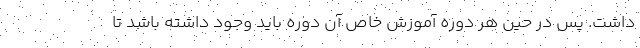
داشت. پس در حین هر دوره آموزش خاص آن دوره باید وجود داشته باشد تا